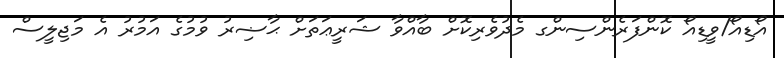
އޯޑިއޯ/ވީޑިއޯ ކޮންފަރެންސިންގ މެދުވެރިކޮށް ބާއްވާ ޝަރީޢަތަށް ޙާޟިރު ވުމުގެ އަމުރު އެ މަޖިލީސް